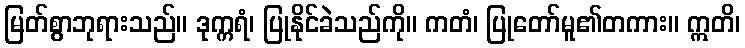
မြတ်စွာဘုရားသည်။ ဒုက္ကရံ၊ ပြုနိုင်ခဲသည်ကို။ ကတံ၊ ပြုတော်မူ၏တကား။ ဣတိ၊